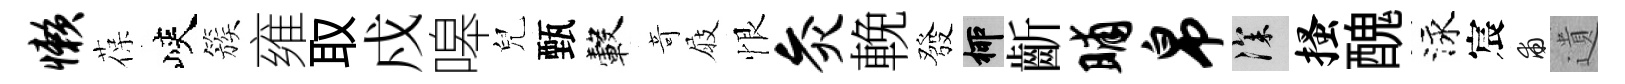
懒葆峽簇雍取戍嗥兒甄轂竒屐恨灸輓發柳齗晡帛深搔醜泳宸甫遺